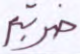
ضربتم